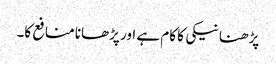
پڑھنا نیکی کا کام ہے اور پڑھانا منافع کا۔